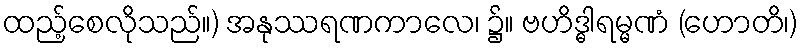
ထည့်စေလိုသည်။) အနုဿရဏကာလေ၊ ၌။ ဗဟိဒ္ဓါရမ္မဏံ (ဟောတိ၊)